Indian Civil Veterinary Department memoirs
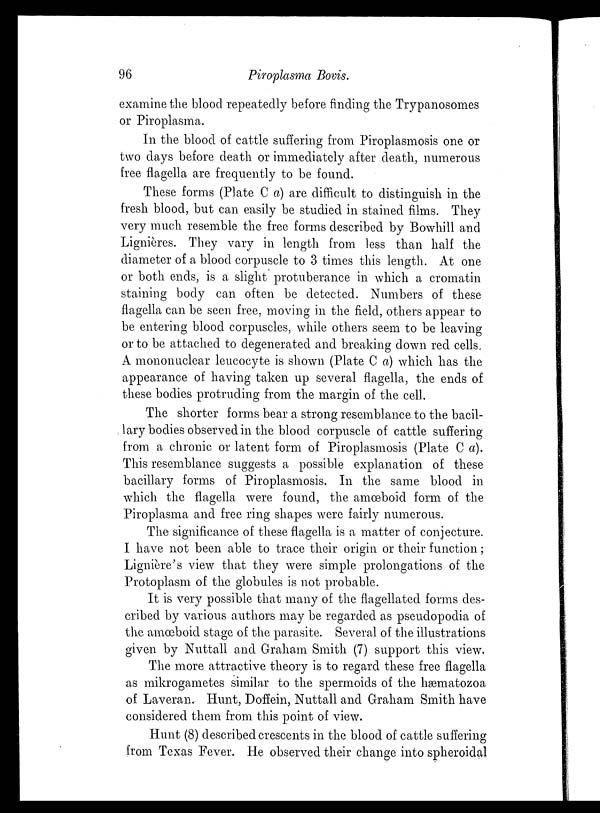
96
Piroplasma Bovis.
examine the blood repeatedly before finding the Trypanosomes
or Piroplasma.
In the blood of cattle suffering from Piroplasmosis one or
two days before death or immediately after death, numerous
free flagella are frequently to be found.
These forms (Plate C a) are difficult to distinguish in the
fresh blood, but can easily be studied in stained films. They
very much resemble the free forms described by Bowhill and
Lignières. They vary in length from less than half the
diameter of a blood corpuscle to 3 times this length. At one
or both ends, is a slight protuberance in which a cromatin
staining body can often be detected. Numbers of these
flagella can be seen free, moving in the field, others appear to
be entering blood corpuscles, while others seem to be leaving
or to be attached to degenerated and breaking down red cells
A mononuclear leucocyte is shown (Plate C a) which has the
appearance of having taken up several flagella, the ends of
these bodies protruding from the margin of the cell.
The shorter forms bear a strong resemblance to the bacil-
lary bodies observed in the blood corpuscle of cattle suffering
from a chronic or latent form of Piroplasmosis (Plate C a).
This resemblance suggests a possible explanation of these
bacillary forms of Piroplasmosis. In the same blood in
which the flagella were found, the amœboid form of the
Piroplasma and free ring shapes were fairly numerous.
The significance of these flagella is a matter of conjecture.
I have not been able to trace their origin or their function;
Lignière's view that they were simple prolongations of the
Protoplasm of the globules is not probable.
It is very possible that many of the flagellated forms des-
cribed by various authors may be regarded as pseudopodia of
the amœboid stage of the parasite. Several of the illustrations
given by Nuttall and Graham Smith (7) support this view.
The more attractive theory is to regard these free flagella
as mikrogametes similar to the spermoids of the hæmatozoa
of Laveran. Hunt, Doffein, Nuttall and Graham Smith have
considered them from this point of view.
Hunt (8) described crescents in the blood of cattle suffering
from Texas Fever. He observed their change into spheroidal